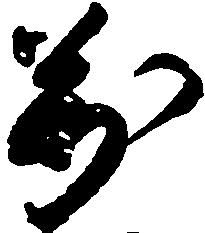
万